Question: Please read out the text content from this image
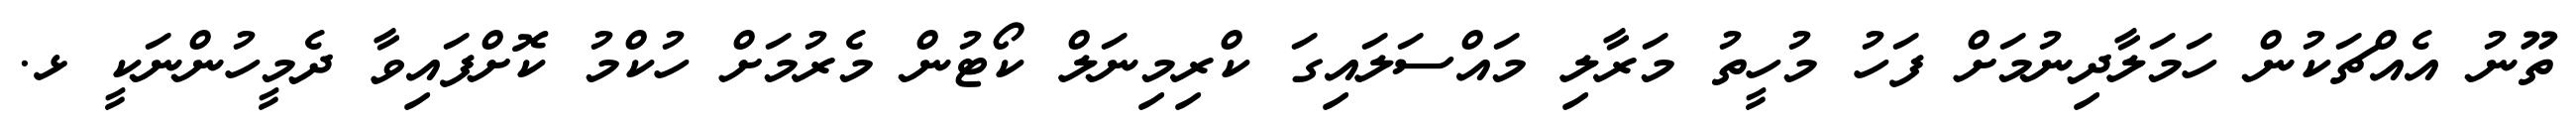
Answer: ތޫނު އެއްޗަކުން ހަމަލާދިނުމަށް ފަހު މުހީތު މަރާލި މައްސަލައިގަ ކްރިމިނަލް ކޯޓުން މެރުމަށް ހުކްމު ކޮށްފައިވާ ދެމީހުންނަކީ ޅ.